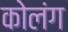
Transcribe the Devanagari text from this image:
कोलंग